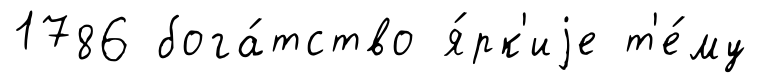
1786 бога́тство я́рк'иjе т'е́му